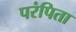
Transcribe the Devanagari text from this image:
परंपिता